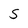
Character: S